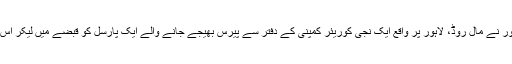
نوویں کاروائی کے دوران اے این ایف لاہور نے مال روڈ، لاہور پر واقع ایک نجی کوریئر کمپنی کے دفتر سے پیرس بھیجے جانے والے ایک پارسل کو قبضے میں لیکر اس میں سے 900 گرام ہیروئن برآمد کر لی۔